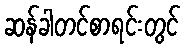
ဆန်ခါတင်စာရင်းတွင်